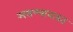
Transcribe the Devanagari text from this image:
असण्याबाबत